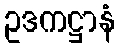
ဥဒကဋ္ဌာနံ